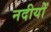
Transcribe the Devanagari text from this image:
नदीयोँ